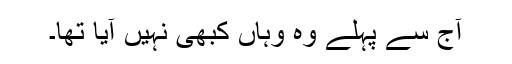
آج سے پہلے وہ وہاں کبھی نہیں آیا تھا۔